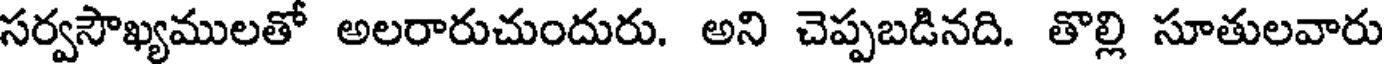
సర్వసౌఖ్యములతో అలరారుచుందురు. అని చెప్పబడినది. తొల్లి సూతులవారు